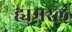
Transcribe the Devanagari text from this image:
ह्यमरल